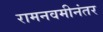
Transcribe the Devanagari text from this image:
रामनवमीनंतर